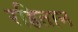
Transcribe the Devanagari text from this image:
रहितान